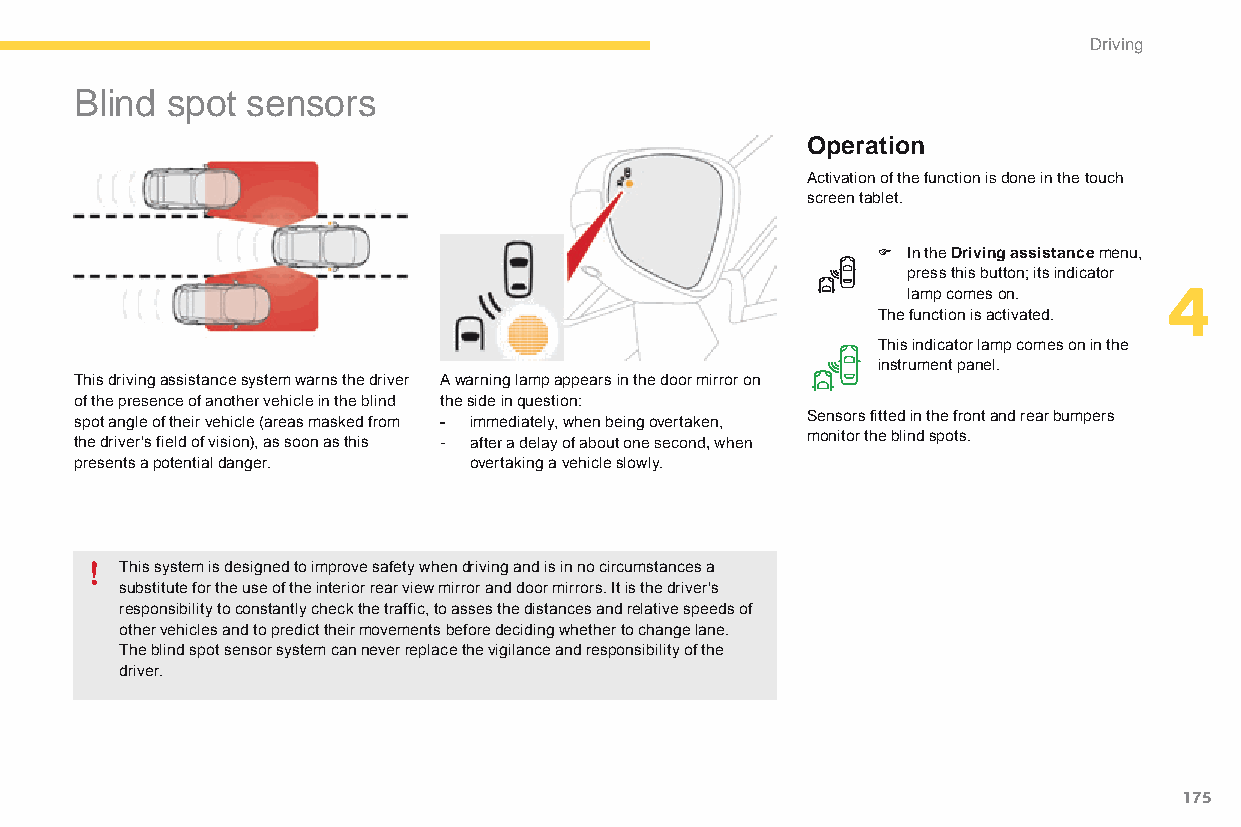
Driving
 blind spot sensors
 Operation
 activation of the function is done in the touch
 screen tablet.
 F In the Driving assistance menu,
 press this button; its indicator
 lamp comes on.   4
 The function is activated.
 This indicator lamp comes on in the
 instrument panel.
 This driving assistance system warns the driver A warning lamp appears in the door mirror on
 of the presence of another vehicle in the blind the side in question:
 spot angle of their vehicle (areas masked from - immediately, when being overtaken, Sensors fitted in the front and rear bumpers
 the driver's field of vision), as soon as this - after a delay of about one second, when monitor the blind spots.
 presents a potential danger. overtaking a vehicle slowly.
 This system is designed to improve safety when driving and is in no circumstances a
 substitute for the use of the interior rear view mirror and door mirrors. It is the driver's
 responsibility to constantly check the traffic, to asses the distances and relative speeds of
 other vehicles and to predict their movements before deciding whether to change lane.
 The blind spot sensor system can never replace the vigilance and responsibility of the
 driver.
 175
 C4-Picasso-II_en_Chap04_conduite_ed01-2015